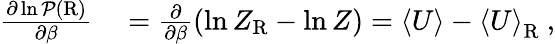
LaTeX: \begin{array}{rl}{\frac{\partial\ln\mathcal{P}(\mathrm{R})}{\partial\beta}}&{{}=\frac{\partial}{\partial\beta}\left(\ln Z_{\mathrm{R}}-\ln Z\right)=\left<U\right>-\left<U\right>_{\mathrm{R}}\ ,}\end{array}